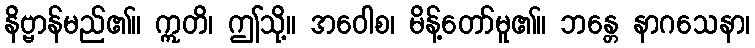
နိဗ္ဗာန်မည်၏။ ဣတိ၊ ဤသို့။ အဝေါစ၊ မိန့်တော်မူ၏။ ဘန္တေ နာဂသေနာ၊